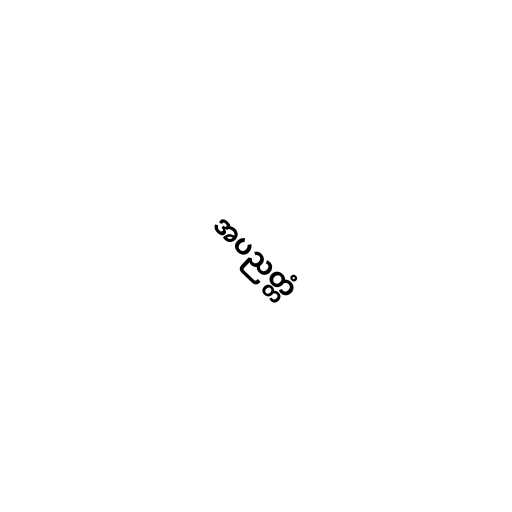
အပညတ္တံ